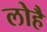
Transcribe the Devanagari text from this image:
लोहै